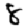
Digit: 8